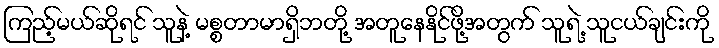
ကြည့်မယ်ဆိုရင် သူနဲ့ မစ္စတာမာရှိဘတို့ အတူနေနိုင်ဖို့အတွက် သူရဲ့ သူငယ်ချင်းကို